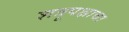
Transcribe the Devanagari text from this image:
शत्रूपक्षाचा